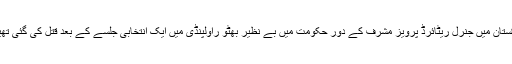
پاکستان میں جنرل ریٹائرڈ پرویز مشرف کے دور حکومت میں بے نظیر بھٹو راولپنڈی میں ایک انتخابی جلسے کے بعد قتل کی گئی تھیں۔